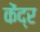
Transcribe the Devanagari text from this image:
केंद्र